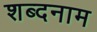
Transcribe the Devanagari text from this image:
शब्दनाम